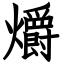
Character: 爝